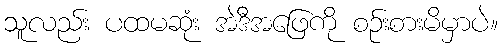
သူလည်း ပထမဆုံး အဲဒီအဖြေကို စဉ်းစားမိမှာပဲ။